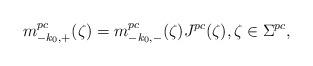
LaTeX: \begin{align*} m^{pc}_{-k_0, +}(\zeta)=m^{pc}_{-k_0,-}(\zeta)J^{pc}(\zeta),\zeta \in \Sigma^{pc}, \end{align*}